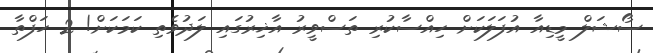
ސޯޝަލް މީޑިއާ އުފަލަކަށް ހިއްސާކުރި ތަސްވީރު އާޚިރުގައި ލަދުވެތި ކަމަކަށް! 2 ހަފްތާ